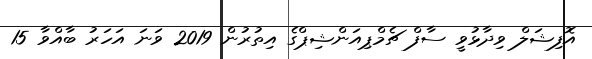
އޮފިޝަލް ވިދާޅުވީ ސާފް ޗެމްޕިއަންޝިޕްގެ އިތުރުން 2019 ވަނަ އަހަރު ބާއްވާ 15